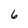
Character: 6